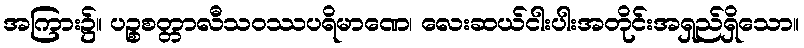
အကြား၌။ ပဉ္စစတ္တာလီသဝဿပရိမာဏေ၊ လေးဆယ်ငါးပါးအတိုင်းအရှည်ရှိသော။